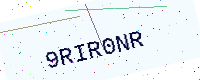
Text: 9RIR0NR